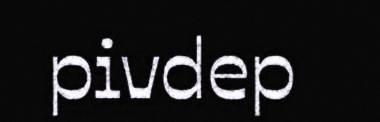
pivdep